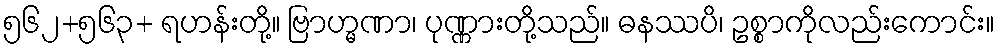
၅၆၂+၅၆၃+ ရဟန်းတို့။ ဗြာဟ္မဏာ၊ ပုဏ္ဏားတို့သည်။ ဓနဿပိ၊ ဥစ္စာကိုလည်းကောင်း။